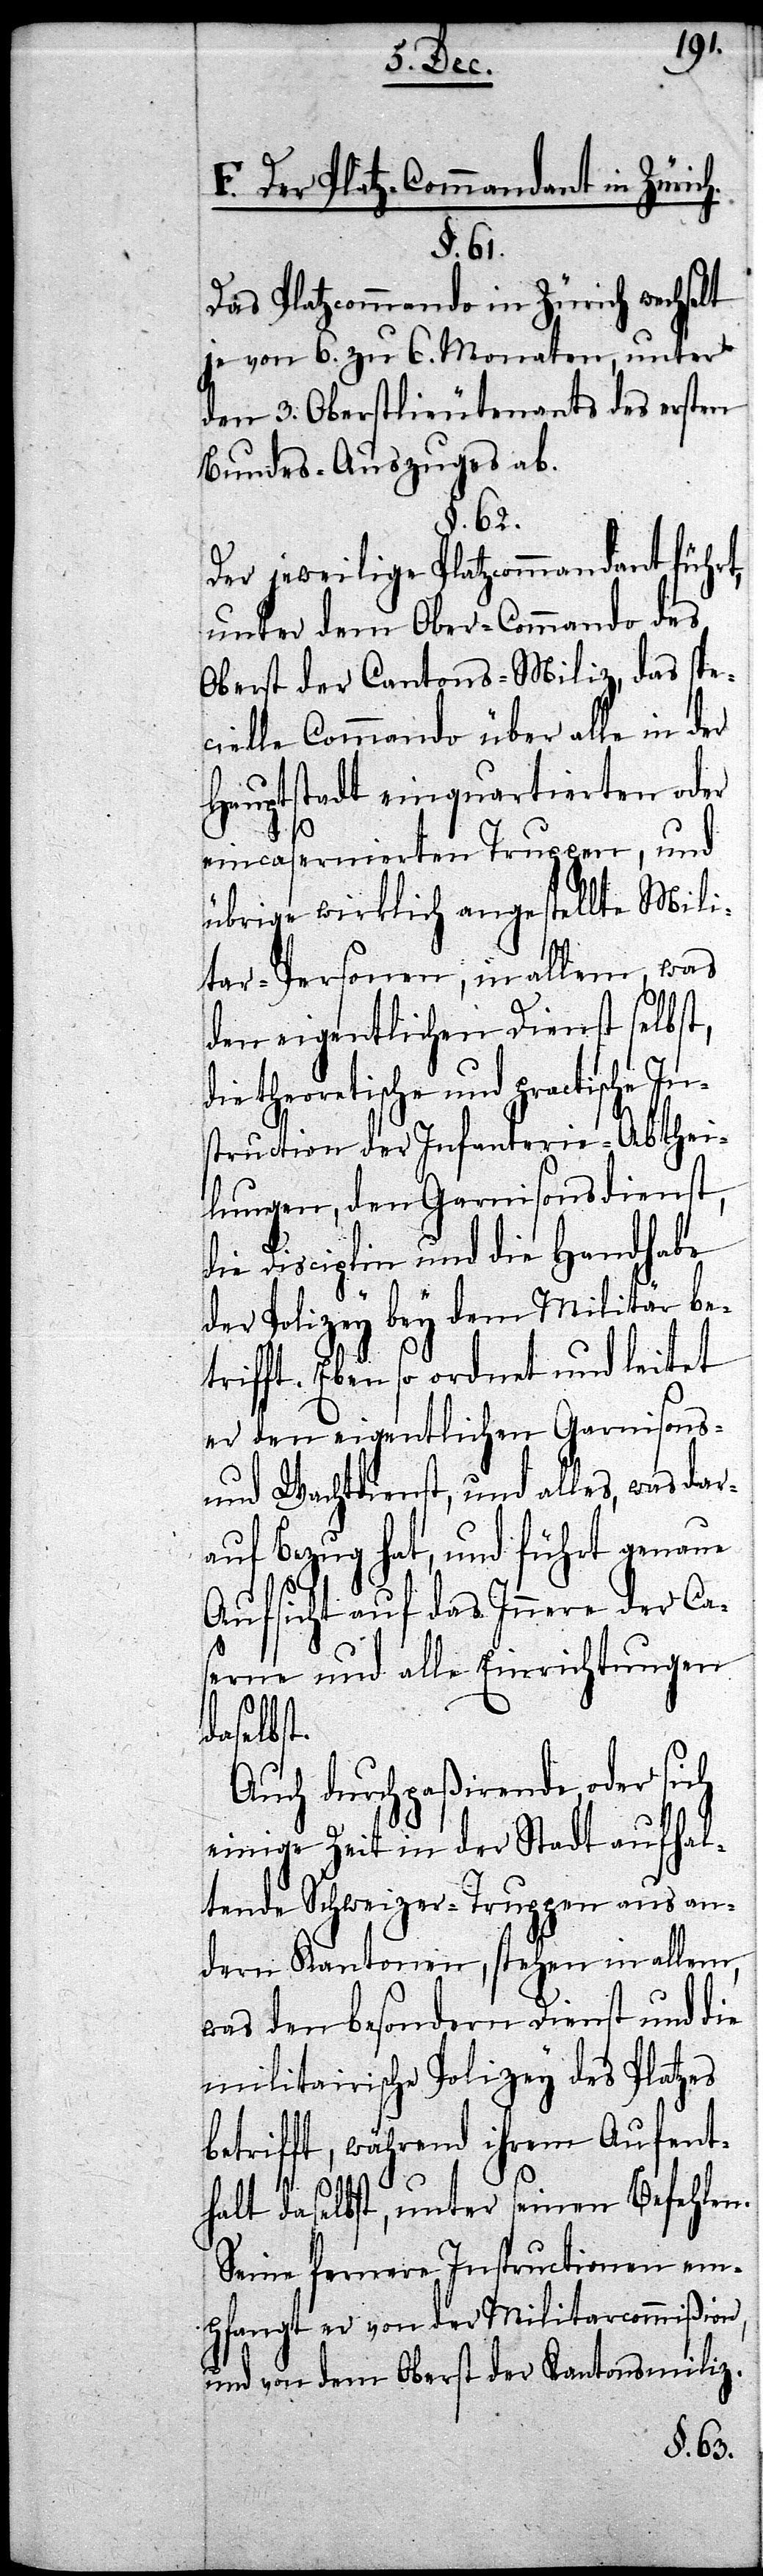
F. Der Platz-Commandant in Zürich.
§. 61.
Das Platzcommando in Zürich wechselt
je von 6. zu 6. Monaten, unter
den 3. Oberstlieutenants des ersten
Bundes-Auszuges ab.
§. 62.
Der jeweilige Platzcommandant führt,
unter dem Ober-Commando des
Oberst der Cantons-Miliz, das spe¬
cielle Commando über alle in der
Hauptstadt einquartierten oder
eincasernierten Truppen, und
übrige wirklich angestellte Mili¬
tar-Personen, in allem, was
den eigentlichen Dienst selbst,
theoretische und practische In¬
struction der Infanterie-Abthei¬
lungen, den Garnisonsdienst,
die Disciplin und die Handhabe
der Polizey bey dem Militär be¬
trifft. Eben so ordnet und leitet
er den eigentlichen Garnisons-
und Wachtdienst, und alles, was dar¬
auf Bezug hat, und führt genaue
Aufsicht auf das Innere der Ca¬
serne und alle Einrichtungen
daselbst.
Auch durchpaßirende, oder sich
einige Zeit in der Stadt aufhal¬
tende Schweizer-Truppen aus an¬
dern Kantonen, stehen in allem,
was den besondern Dienst und die
militarische Polizey des Platzes
betrifft, während ihrem Aufent¬
halt daselbst, unter seinen Befehlen.
Seine fernere Instructionen em¬
pfangt er von der Militarcommißion,
und von dem Oberst der Kantonsmiliz